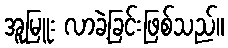
အူမြူး လာခဲ့ခြင်းဖြစ်သည်။